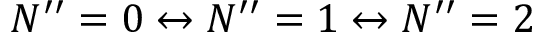
N ^ { \prime \prime } = 0 \leftrightarrow N ^ { \prime \prime } = 1 \leftrightarrow N ^ { \prime \prime } = 2